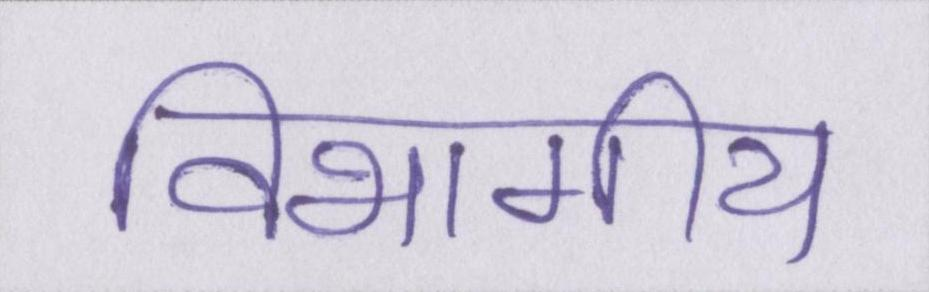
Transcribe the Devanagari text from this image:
विभागीय